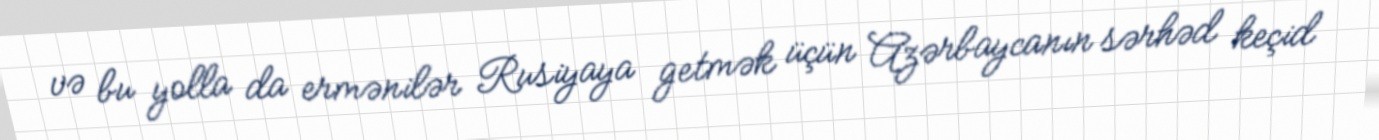
və bu yolla da ermənilər Rusiyaya getmək üçün Azərbaycanın sərhəd keçid